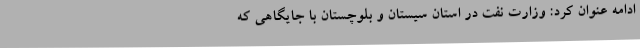
ادامه عنوان کرد: وزارت نفت در استان سیستان و بلوچستان با جایگاهی که